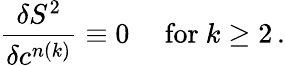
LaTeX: \frac{\delta S^{2}}{\delta c^{n(k)}}\equiv 0\mathrm{\quad~for~}k\geq 2\, .